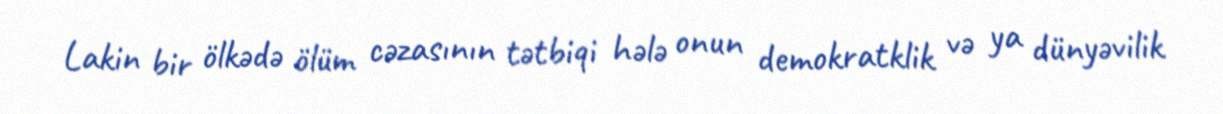
Lakin bir ölkədə ölüm cəzasının tətbiqi hələ onun demokratklik və ya dünyəvilik